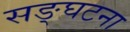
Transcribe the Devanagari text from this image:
सङ्घटना